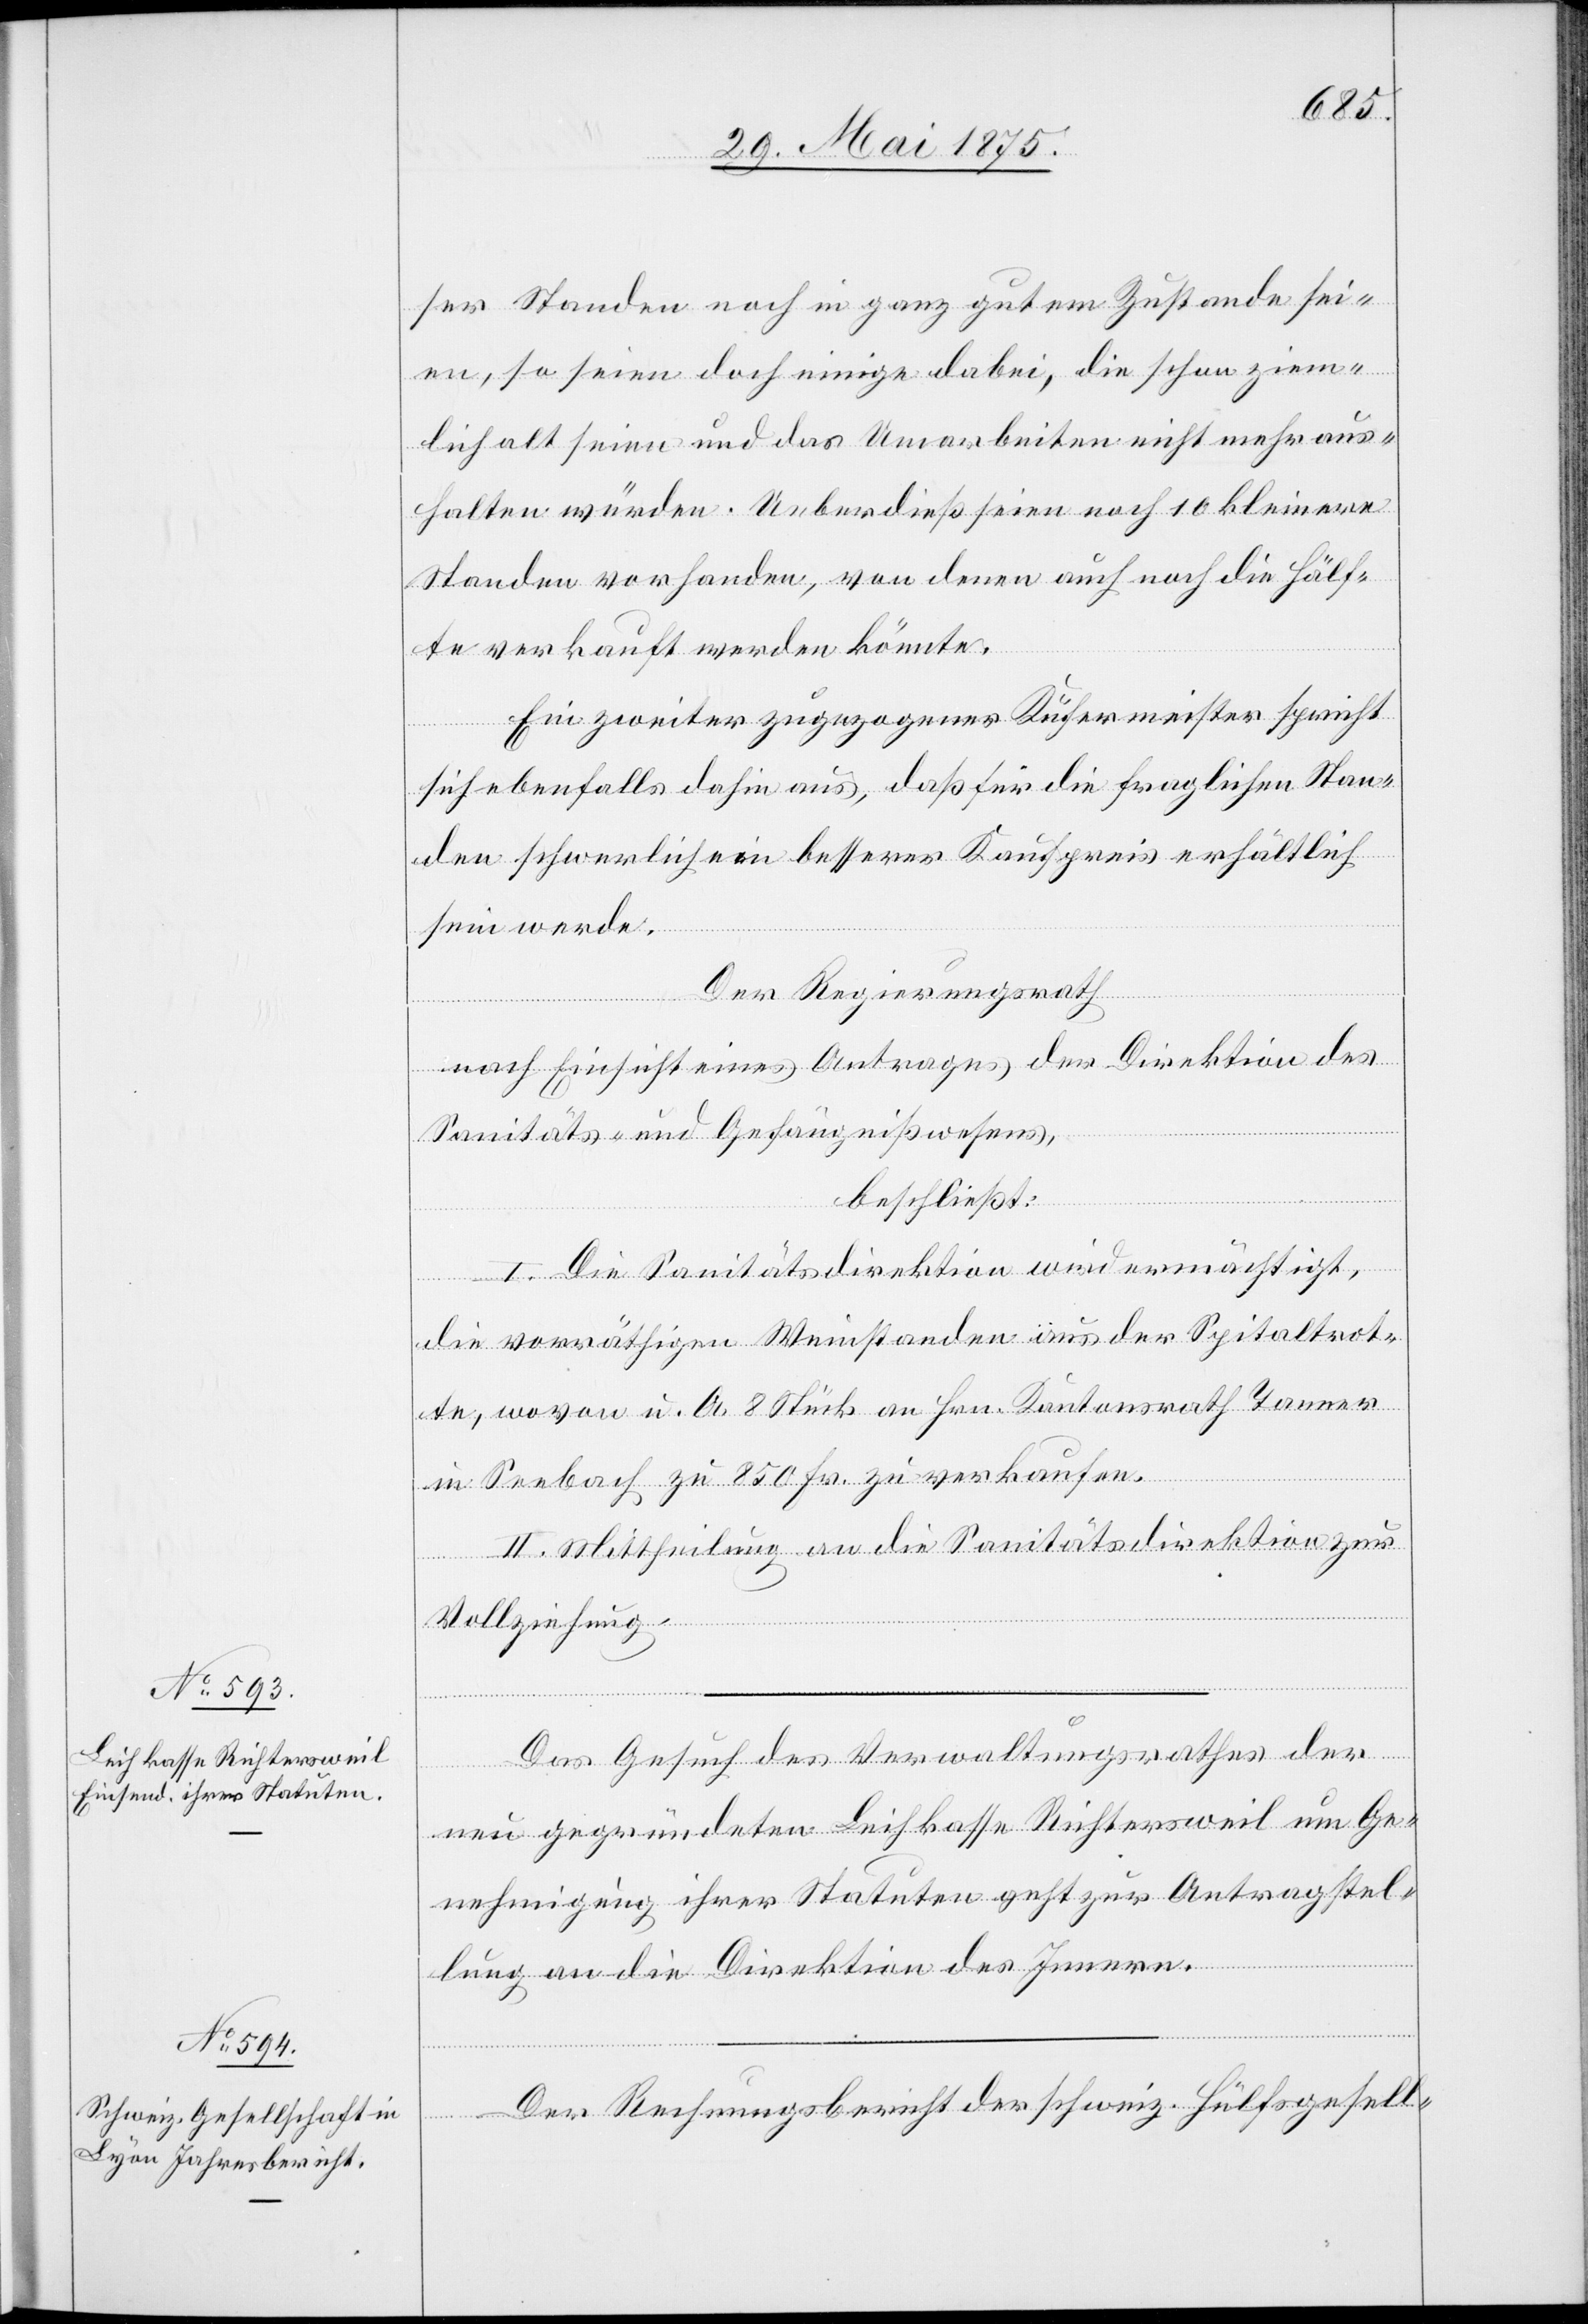
ser Stauden noch in ganz gutem Zustande sei¬
en, so seien doch einige dabei, die schon ziem¬
lich alt seien und das Umarbeiten nicht mehr aus¬
halten würden. Ueberdieß seien noch 10 kleinere
Stauden vorhanden, von denen auch noch die Hälf¬
te verkauft werden könnte.
Ein zweiter zugezogener Küfermeister spricht
sich ebenfalls dahin aus, daß für die fraglichen Stau¬
den schwerlich ein besserer Kaufpreis erhältlich
sein werde.
Der Regierungsrath,
nach Einsicht eines Antrages der Direktion des
Sanitäts- und Gefängnißwesens,
beschließt:
I. Die Sanitätsdirektion wird ermächtigt,
Juni
die vorräthigen Weinstauden aus der Spitalrot¬
te, wovon u. A. 8 Stück an Hrn. Kantonsrath Tanner
in Seebach zu 850 Fr. zu verkaufen.
II. Mittheilung an die Sanitätsdirektion zur
Vollziehung.
Das Gesuch des Verwaltungsrathes der
neu gegründeten Leihkasse Richtersweil um Ge¬
nehmigung ihrer Statuten geht zur Antragstel¬
lung an die Direktion des Innern.
Der Rechnungsbericht der schweiz. Hülfsgesell-